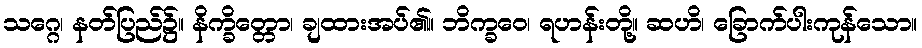
သဂ္ဂေ၊ နတ်ပြည်၌။ နိက္ခိတ္တော၊ ချထားအပ်၏။ ဘိက္ခဝေ၊ ရဟန်းတို့။ ဆဟိ၊ ခြောက်ပါးကုန်သော။